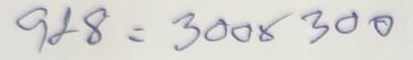
928 = 300 x 300